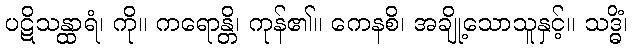
ပဋိသန္ထာရံ၊ ကို။ ကရောန္တိ၊ ကုန်၏။ ကေနစိ၊ အချို့သောသူနှင့်။ သဒ္ဓိံ၊